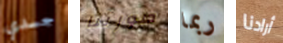
جسدي صورتنا ربما أرادنا